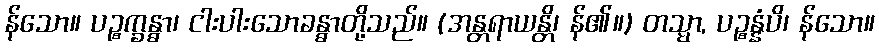
န်သော။ ပဉ္စက္ခန္ဓာ၊ ငါးပါးသောခန္ဓာတို့သည်။ (အန္တရာယန္တိ၊ န်၏။) တသ္မာ, ပဉ္စန္နံပိ၊ န်သော။